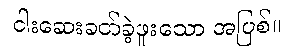
ငါးဆေးခတ်ခဲ့ဖူးသော အပြစ်။